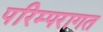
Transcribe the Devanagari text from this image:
परिम्परागत